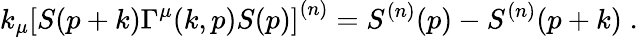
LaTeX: k_{\mu}\left[S(p+k)\Gamma^{\mu}(k,p)S(p)\right]^{(n)}=S^{(n)}(p)-S^{(n)}(p+k)\; .